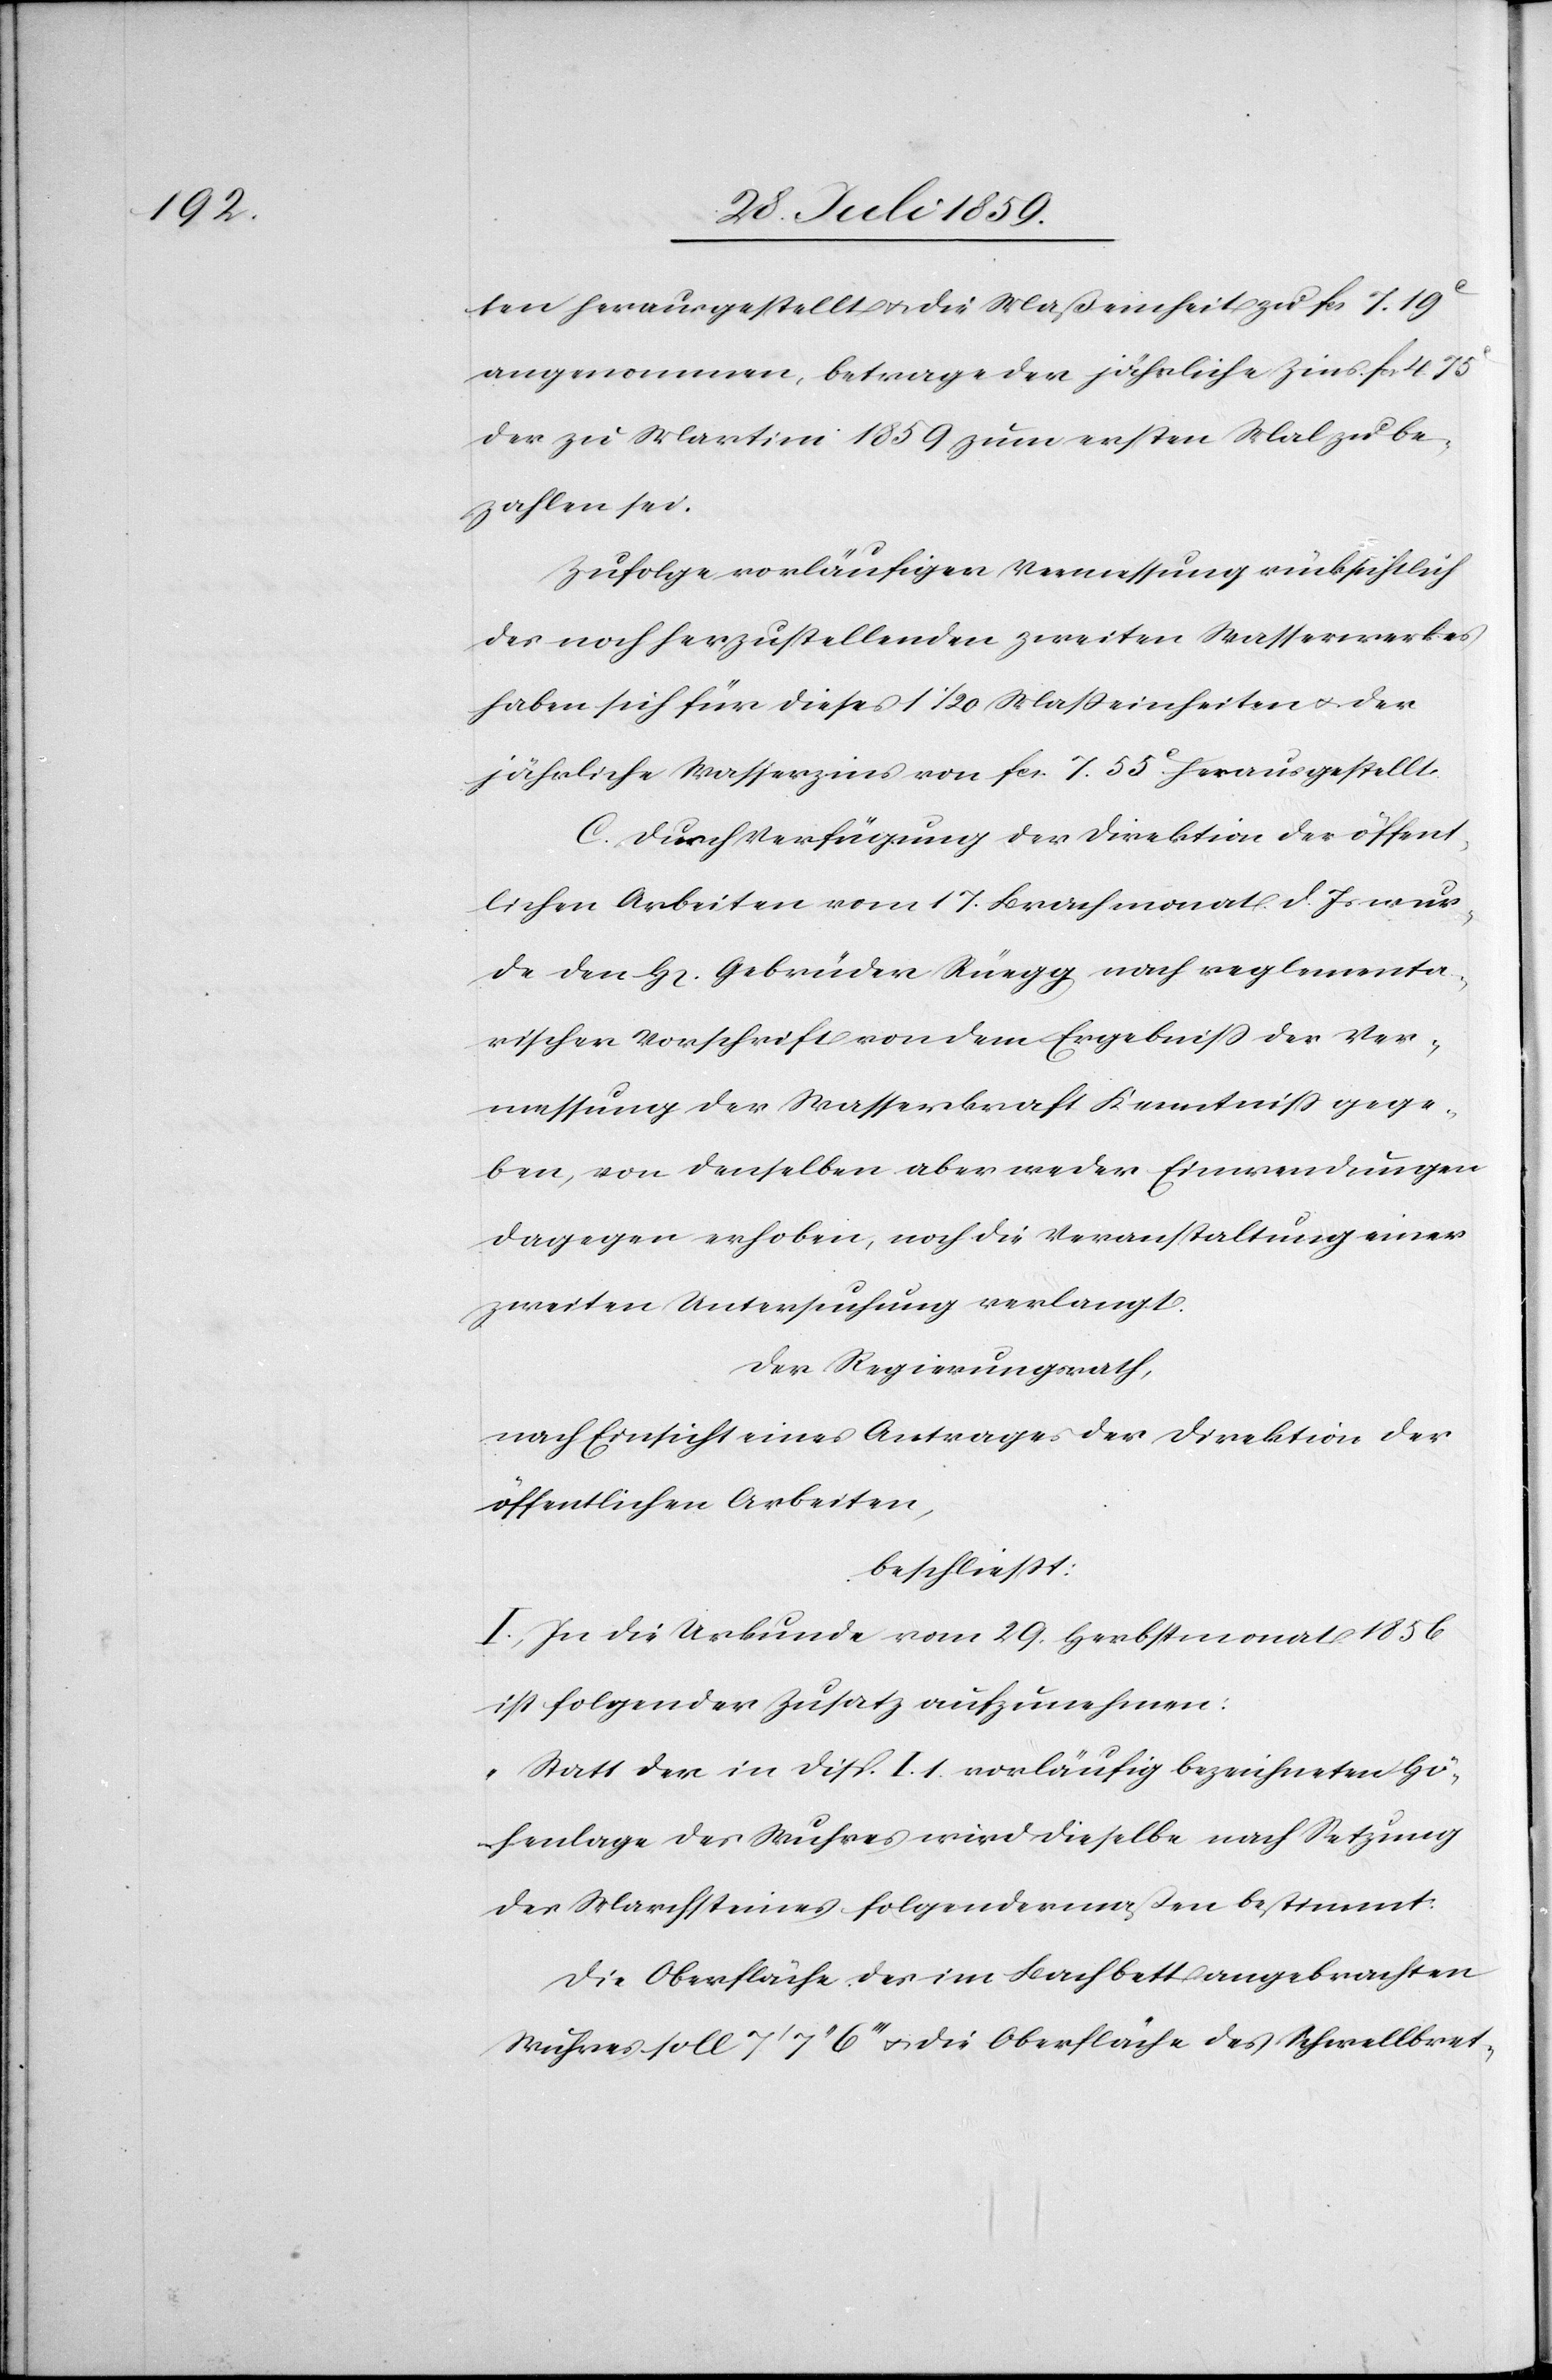
ten herausgestellt u. die Maßeinheit zu fcs. 7.19c.
angenommen, betrage der jährliche Wasserzins von
C. Durch Verfügung der Direktion der öffent¬
lichen Arbeiten vom 17. Brachmonat d. Js. wur¬
de den H[erren] Gebrüder Rüegg nach reglementa¬
rischer Vorschrift von dem Ergebniß der Ver¬
messung der Wasserkraft Kenntniß gege¬
ben, von denselben aber weder Einwendungen
dagegen erhoben, noch die Veranstaltung einer
zweiten Untersuchung verlangt.
Der Regierungsrath,
nach Einsicht eines Antrages der Direktion der
öffentlichen Arbeiten,
beschließt:
I. In die Urkunde vom 29. Herbstmonat 1856
ist folgender Zusatz aufzunehmen:
„Statt der in Disp. I. 1. vorläufig bezeichneten Hö¬
henlage des Wuhres wird dieselbe nach Setzung
des Marchsteines folgendermaßen bestimmt.
Die Oberläufe des im Bachbett angebrachten
Wuhres soll 7’7’’6’’’ u. die Oberfläche des Schwellbret-